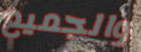
والجميع